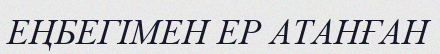
ЕҢБЕГІМЕН ЕР АТАНҒАН